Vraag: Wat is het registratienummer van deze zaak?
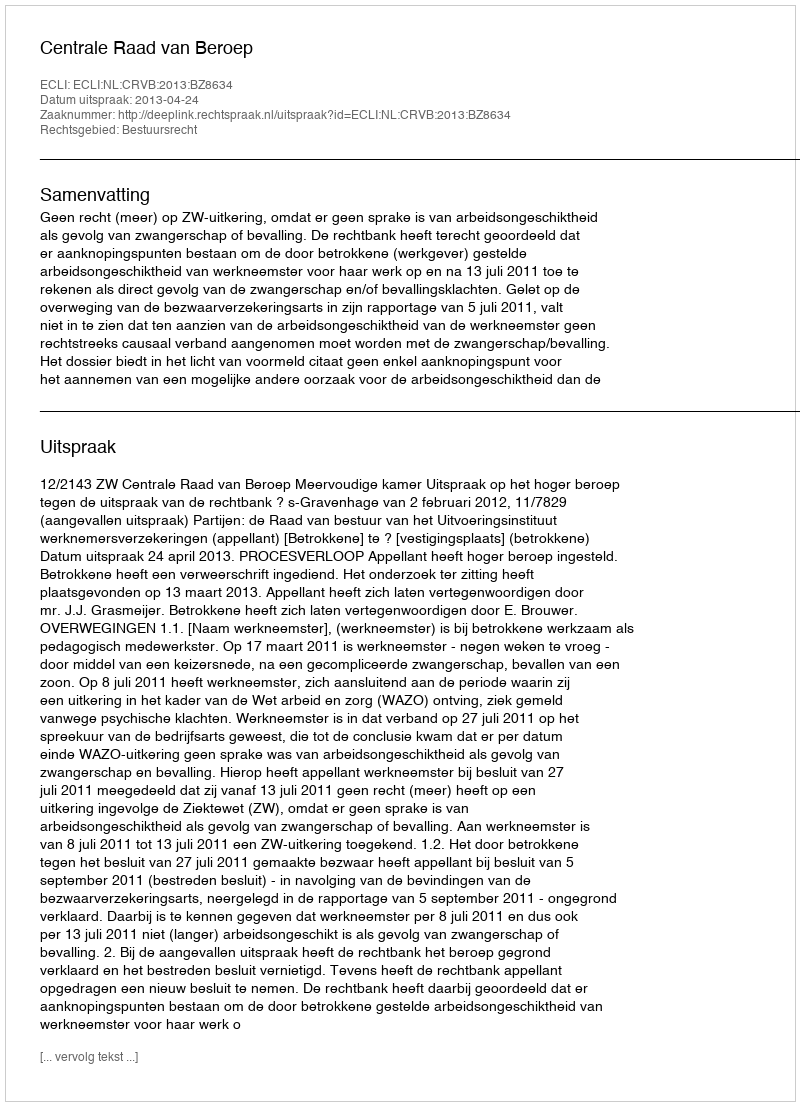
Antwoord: http://deeplink.rechtspraak.nl/uitspraak?id=ECLI:NL:CRVB:2013:BZ8634